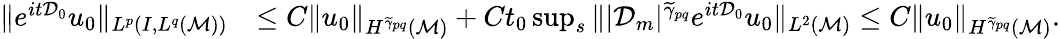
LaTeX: \begin{array}{rl}{\| e^{it\mathcal{D}_{0}}u_{0}\| _{L^{p}(I,L^{q}(\mathcal{M}))}}&{\leq C\| u_{0}\| _{H^{\widetilde{\gamma}_{pq}}(\mathcal{M})}+Ct_{0}\operatorname*{sup}_{s}\| |\mathcal{D}_{m}|^{\widetilde{\gamma}_{pq}}e^{it\mathcal{D}_{0}}u_{0}\| _{L^{2}(\mathcal{M})}\leq C\| u_{0}\| _{H^{\widetilde{\gamma}_{pq}}(\mathcal{M})}.}\end{array}